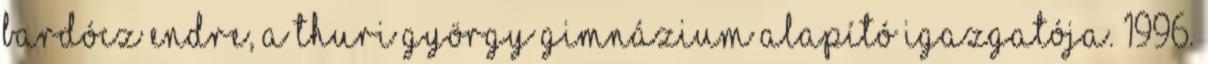
Bardócz Endre, a Thuri György Gimnázium alapító igazgatója. 1996.